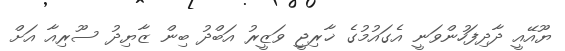
ޔޫއޭއީ ދާދިފަހުންވަނީ އެގައުމުގެ ޚާރިޖީ ވަޒީރު އަބްދު ބިން ޒާޔިދު ސޫރިއާ އަށް